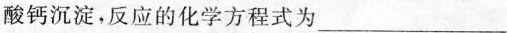
酸钙沉淀，反应的化学方程式为___